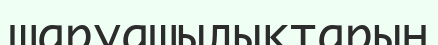
шаруашылықтарын